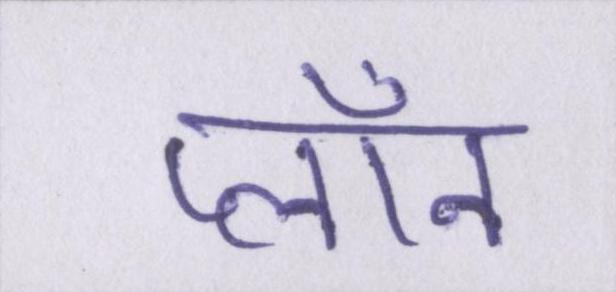
प्लॉन